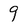
Character: 9